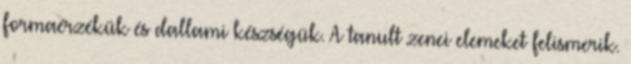
formaérzékük és dallami készségük. A tanult zenei elemeket felismerik.